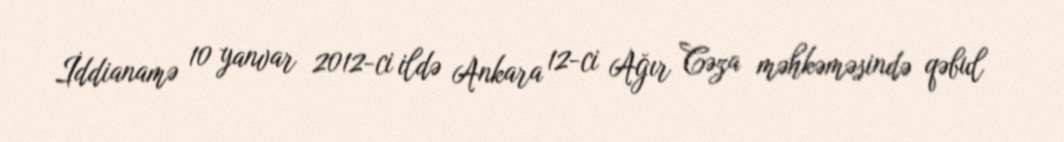
İddianamə 10 yanvar 2012-ci ildə Ankara 12-ci Ağır Cəza məhkəməsində qəbul